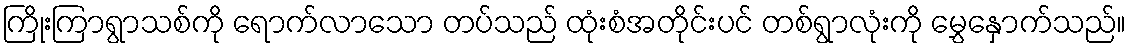
ကြိုးကြာရွာသစ်ကို ရောက်လာသော တပ်သည် ထုံးစံအတိုင်းပင် တစ်ရွာလုံးကို မွှေနှောက်သည်။